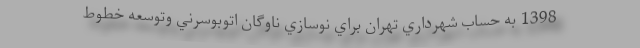
1398 به حساب شهرداري تهران‌ براي نوسازي ناوگان اتوبوسرني وتوسعه خطوط